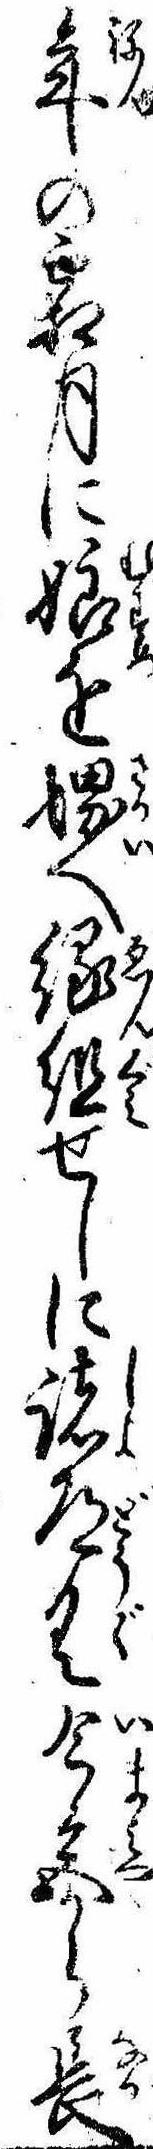
年の霜月に娘を堺へ縁組せしに諸道具今宮から長